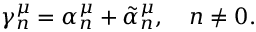
\gamma _ { n } ^ { \mu } = \alpha _ { n } ^ { \mu } + \tilde { \alpha } _ { n } ^ { \mu } , ~ ~ ~ n \neq 0 .